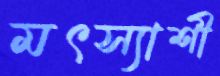
মৎস্যাশী